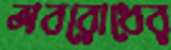
অবরোধের